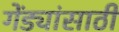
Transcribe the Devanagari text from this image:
गेंड्यांसाठी